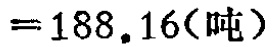
\[(2)\begin{cases}0.6x - 0.4y = 1.1\\0.2x - 0.4y = 2.3\end{cases}\]